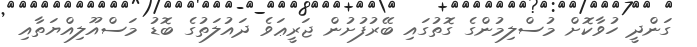
ގަންދީ ހުވާކޮށް މުސްލިމުންގެ ގޮތުގައި ބޭރުފުށުން ޖަރީޢަވެ ދައުލަތުގެ ބޮޑު މަސްއޫލިއްޔަތާއި